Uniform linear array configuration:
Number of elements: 24
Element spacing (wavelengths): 0.5
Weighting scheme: cosine
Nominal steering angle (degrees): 45
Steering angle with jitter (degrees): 46.861
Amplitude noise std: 0.05
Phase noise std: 0.05

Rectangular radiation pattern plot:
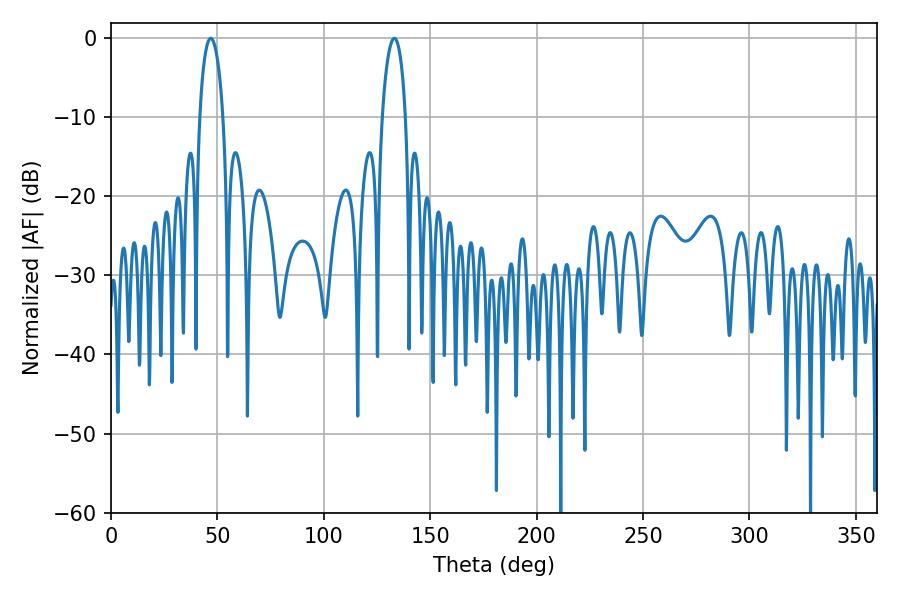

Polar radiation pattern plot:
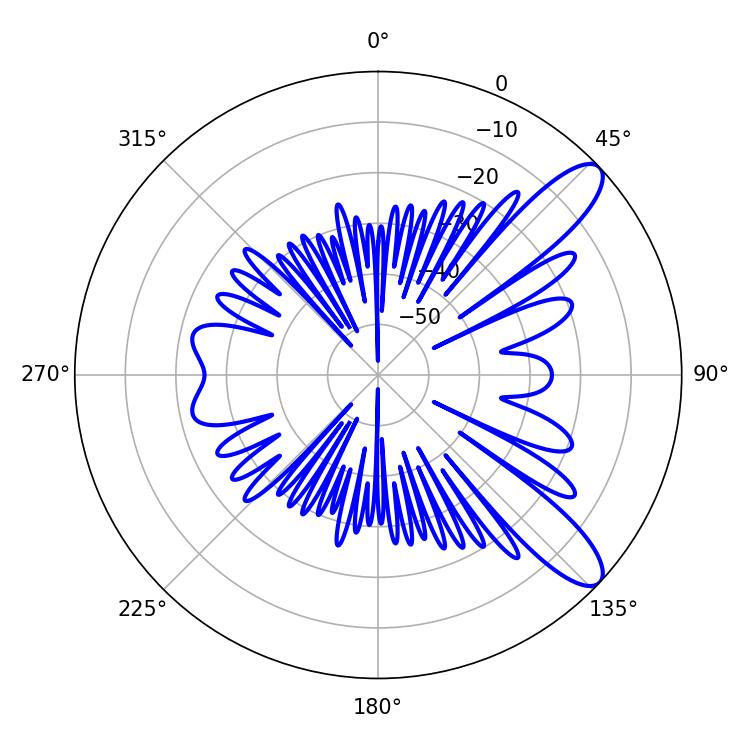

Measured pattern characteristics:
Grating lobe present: FALSE
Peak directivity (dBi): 10.578
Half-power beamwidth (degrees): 6.3
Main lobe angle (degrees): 46.8